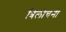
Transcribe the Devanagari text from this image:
त्रिलोचनी